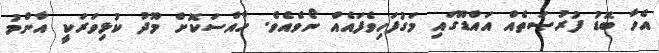
އެހާ ބޮޑު ފުރުޞަތެއް އައްޑޫގައި މަގުފަހިވެފައެއް ނޯވެއެވެ. ހާއްސަކޮށް މޫދު ކުޅިވަރަކީ އާންމު